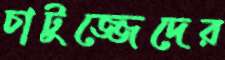
চাটুজ্জেদের